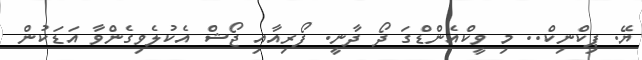
ޔޭ. ޕިކްނިކް.. މި ވީކްއެންޑްގަ ދޯ ދާނީ. ފޯރިއާއި ޖޯޝް އެކުލެވިގެންވާ އަޑަކުން